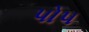
પો૫